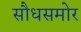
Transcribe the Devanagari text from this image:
सौधसमोर